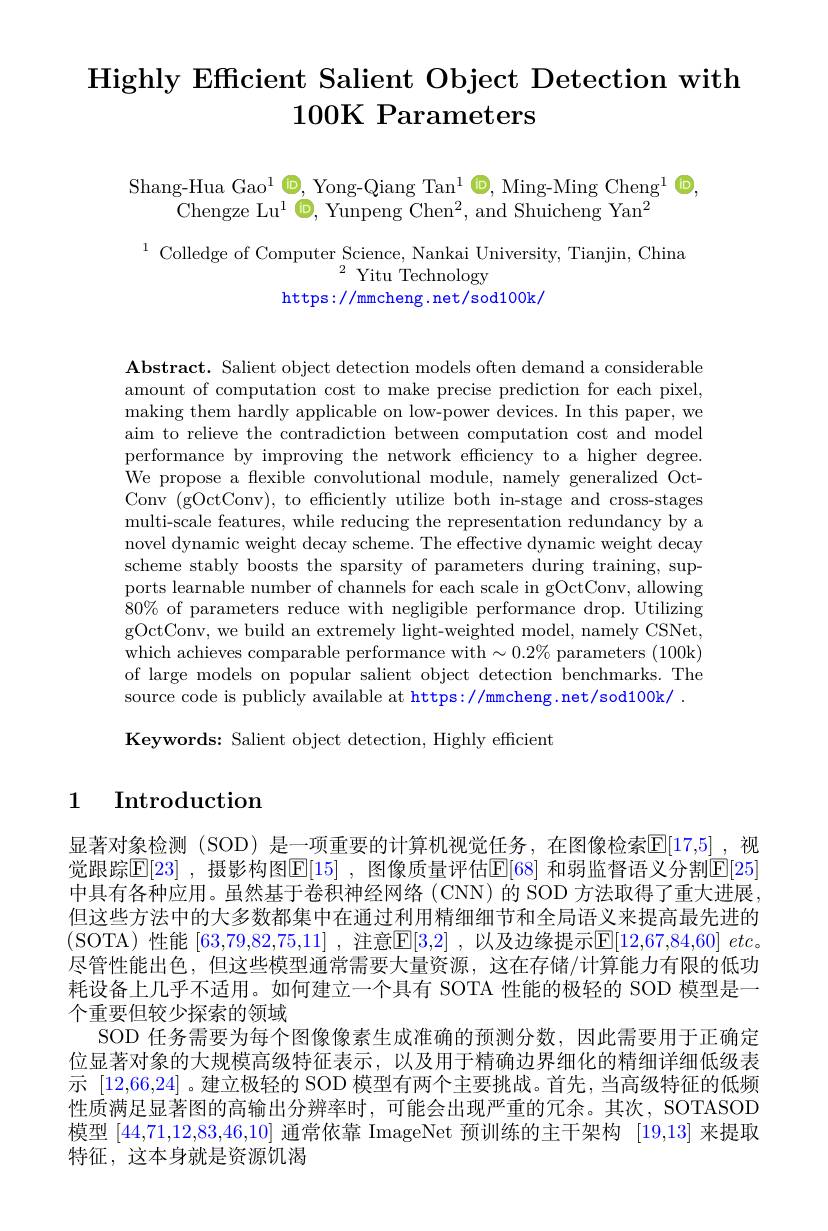
# Highly Efficient Salient Object Detection with $100\textbf{K Parameters}$

Shang-Hua Gao$^1\textcircled{\mathrm{D}}$, Yong-Qiang Tan$^1\textcircled{\mathrm{O}}$, Ming-Ming Cheng$^1\textcircled{\mathrm{D}}$
Chengze Lu$^1\textbf{O}$, Yunpeng Chen$^2$, and Shuicheng Yan$^2$

$^{1}$Colledge of Computer Science, Nankai University, Tianjin, China
$^{2}$ Yitu Technology
https: / / mmcheng. net/ sod100k/

$\textbf{Abstract. Salient object detection models often demand a considerable}$ amount of computation cost to make precise prediction for each pixel, making them hardly applicable on low-power devices. In this paper, we aim to relieve the contradiction between computation cost and model performance by improving the network efficiency to a higher degree. We propose a flexible convolutional module, namely generalized OctConv (gOctConv), to efficiently utilize both in-stage and cross-stages multi-scale features, while reducing the representation redundancy by a novel dynamic weight decay scheme. The effective dynamic weight decay scheme stably boosts the sparsity of parameters during training, supports learnable number of channels for each scale in gOctConv, allowing $\hat{8}0\%$ of parameters reduce with negligible performance drop. Utilizing gOctConv, we build an extremely light-weighted model, namely CSNet, which achieves comparable performance with$\sim0.2\%$ parameters (100k) of large models on popular salient object detection benchmarks. The source code is publicly available at https://mmcheng.net/sod100k/.

Keywords: Salient object detection, Highly efficient

### 1 Introduction

显著对象检测(SOD)是一项重要的计算机视觉任务，在图像检索$\overline{\mathbb{E}}[17,5]$,视觉跟踪$\mathbb{E}[23]$ ,摄影构图$\mathbb{E}[15]$ ,图像质量评估$\mathbb{E}[68]$ 和弱监督语义分割$\mathbb{E}[25]$ 中具有各种应用。虽然基于卷积神经网络(CNN)的 SOD 方法取得了重大进展但这些方法中的大多数都集中在通过利用精细细节和全局语义来提高最先进的(SOTA)性能[63,79,82,75,11] ,注意$\mathbb{E}[3,2]$ ,以及边缘提示$\mathbb{E} [ 12, 67, 84, 60] \textit{ etc。}$ 尽管性能出色，但这些模型通常需要大量资源，这在存储/计算能力有限的低功耗设备上几乎不适用。如何建立一个具有 SOTA 性能的极轻的 SOD 模型是一个重要但较少探索的领域
SOD 任务需要为每个图像像素生成准确的预测分数，因此需要用于正确定位显著对象的大规模高级特征表示，以及用于精确边界细化的精细详细低级表示 [12,66,24] 。建立极轻的 SOD 模型有两个主要挑战。首先，当高级特征的低频性质满足显著图的高输出分辨率时，可能会出现严重的冗余。其次，SOTASOD 模型[44,71,12,83,46,10]通常依靠 ImageNet 预训练的主干架构[19,13]来提取特征，这本身就是资源饥渴